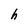
Character: h